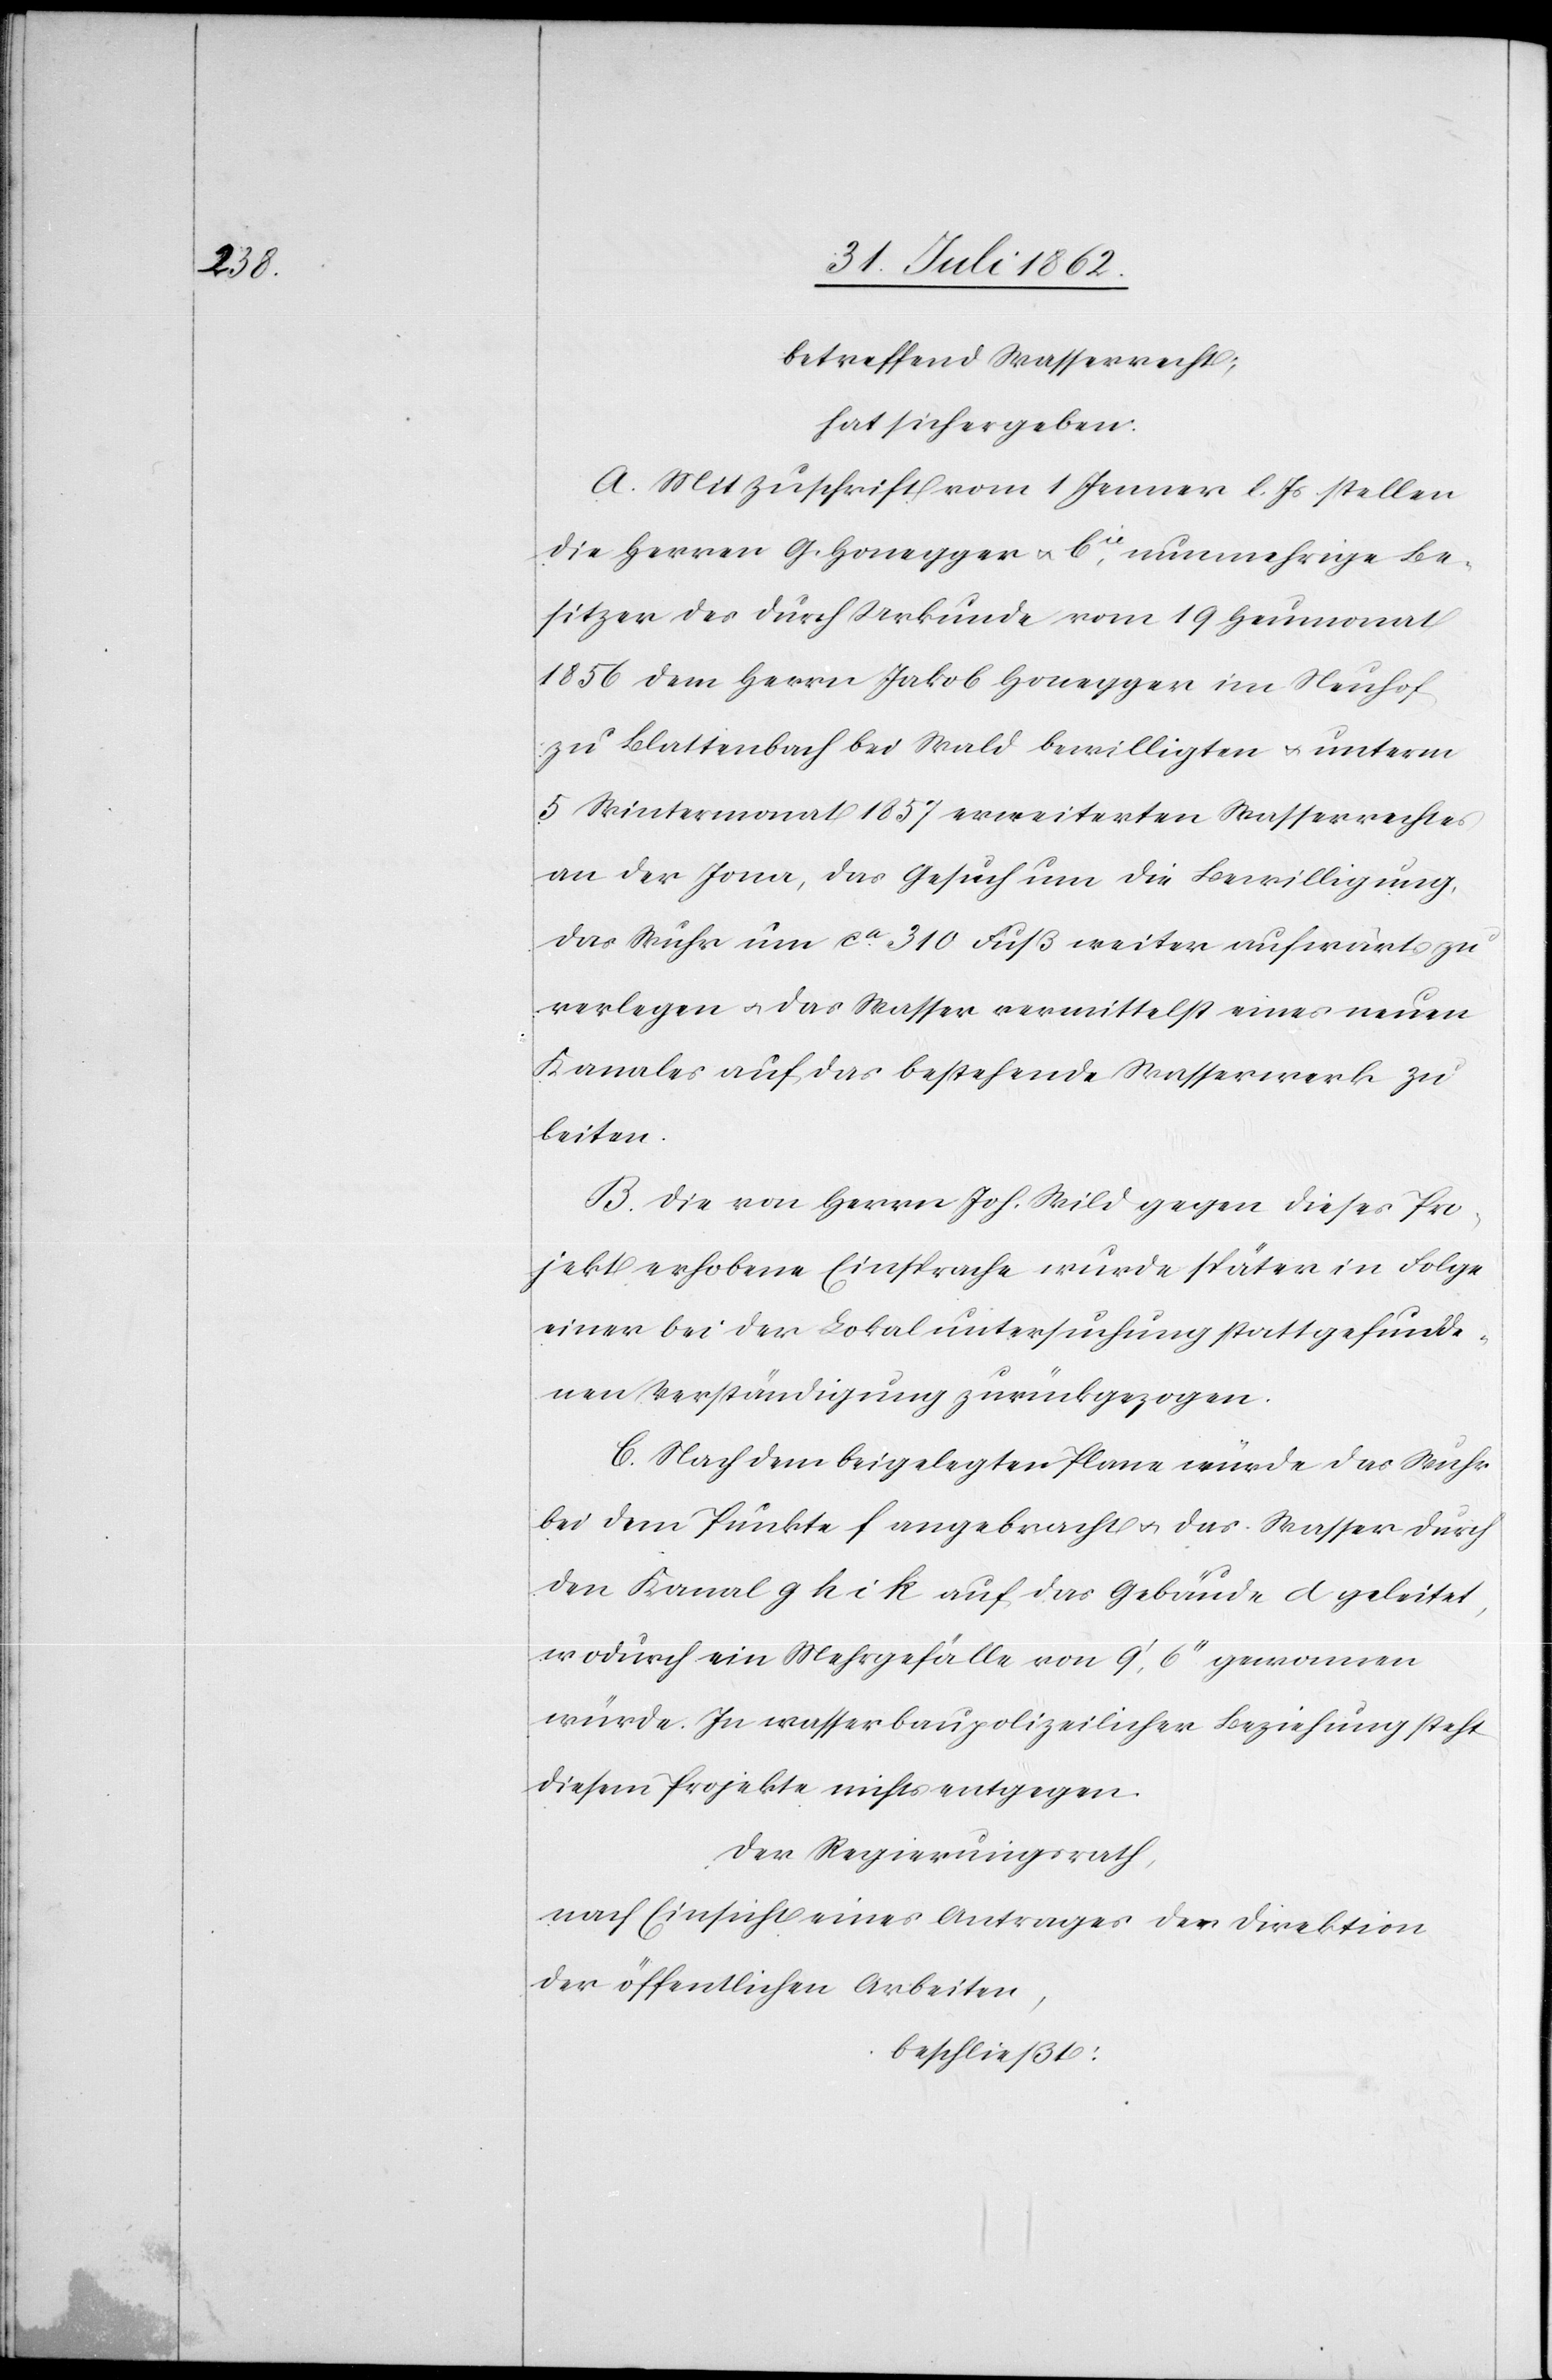
betreffend Wasserrecht;
hat sich ergeben:
A. Mit Zuschrift vom 1. Jenner l. Js. stellen
die Herren G. Honegger u. Cie, nunmehrige Be¬
sitzer des durch Urkunde vom 19. Heumonat
1856 dem Herrn Jakob Honegger im Neuhof
zu Blattenbach bei Wald bewilligten u. unterm
5. Wintermonat 1857 erweiterten Wasserrechtes
an der Jona, das Gesuch um die Bewilligung,
das Wuhr um ca 310 Fuß weiter aufwärts zu
verlegen u. das Wasser vermittelst eines neuen
Kanales auf das bestehende Wasserwerk zu
leiten.
B. Die von Herrn Joh. Wild gegen dieses Pro¬
jekt erhobene Einsprache wurde später in Folge
einer bei der Lokaluntersuchung statt gefunde¬
nen Verständigung zurückgezogen.
C. Nach dem beigelegten Plane würde das Wuhr
bei dem Punkte f angebracht u. das Wasser durch
den Kanal g h i k auf das Gebäude d geleitet,
wodurch ein Mehrgefälle von 9’,6’’ genommen
würde. In wasserbaupolizeilicher Beziehung steht
diesem Projekte nichts entgegen.
Der Regierungsrath,
nach Einsicht eines Antrages der Direktion
der öffentlichen Arbeiten,
beschließt: